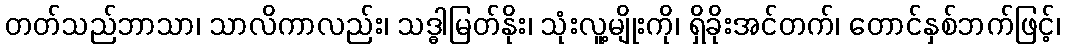
တတ်သည်ဘာသာ၊ သာလိကာလည်း၊ သဒ္ဓါမြတ်နိုး၊ သုံးလူ့မျိုးကို၊ ရှိခိုးအင်တက်၊ တောင်နှစ်ဘက်ဖြင့်၊